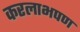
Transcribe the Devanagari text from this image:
करलाभपण